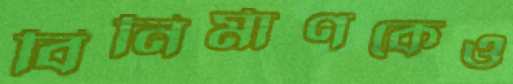
বিনির্মাণকেও